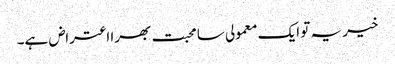
خیر یہ تو ایک معمولی سا محبت بھرا اعتراض ہے۔